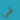
فى